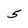
Character: 5